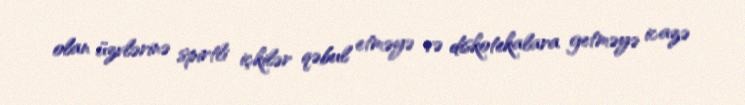
olan üzvlərinə spirtli içkilər qəbul etməyə və diskotekalara getməyə icazə